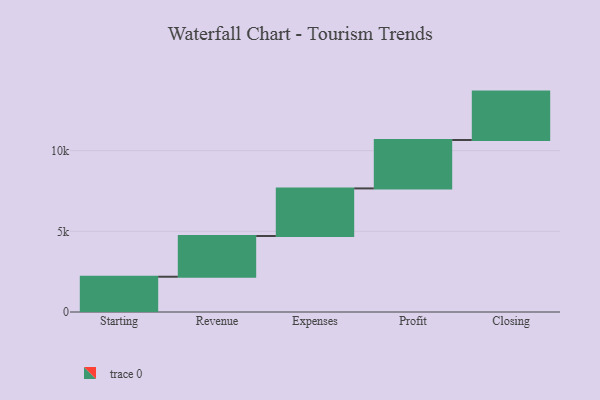
{"axis": {"x": "Step", "y": "Value"}, "legend": [""], "data": [{"x": "Starting", "y": 2186.0, "type": ""}, {"x": "Revenue", "y": 2524.0, "type": ""}, {"x": "Expenses", "y": 2949.0, "type": ""}, {"x": "Profit", "y": 3000, "type": ""}, {"x": "Closing", "y": 3000, "type": ""}]}